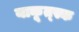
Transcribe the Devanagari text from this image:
याकूत्स्क